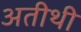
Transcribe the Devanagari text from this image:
अतीथी